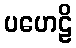
ပဟေဠိ